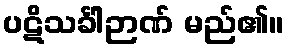
ပဋိသင်္ခါဉာဏ် မည်၏။